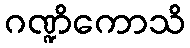
ဂဏ္ဍိကောသိ